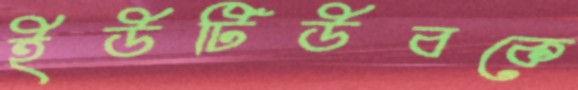
ইউটিউবকে